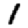
Digit: 1